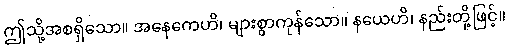
ဤသို့အစရှိသော။ အနေကေဟိ၊ များစွာကုန်သော။ နယေဟိ၊ နည်းတို့ဖြင့်။